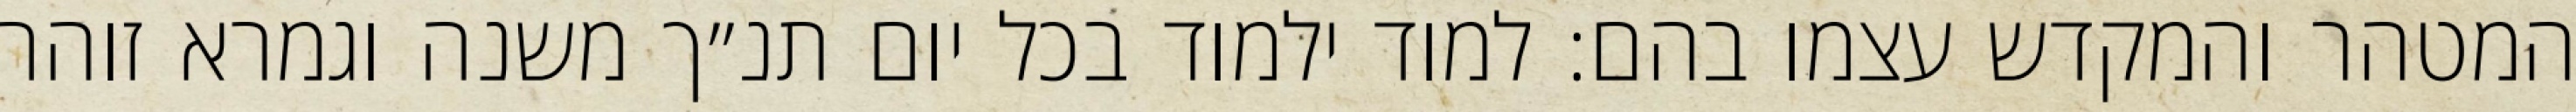
המטהר והמקדש עצמו בהם: למוד ילמוד בכל יום תנ״ך משנה וגמרא זוהר